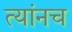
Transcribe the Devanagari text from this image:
त्यांनच